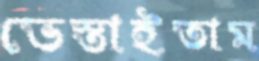
ভেস্তাইতাম